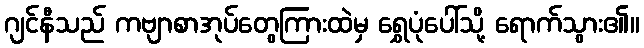
ဂျင်နီသည် ကဗျာစာအုပ်တွေကြားထဲမှ ရွှေပုံပေါ်သို့ ရောက်သွား၏။